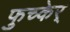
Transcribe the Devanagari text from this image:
फुच्केर्